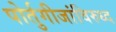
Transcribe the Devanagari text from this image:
पोर्तुगीजांविरुध्द